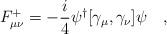
LaTeX: \begin{align*}F^{+}_{\mu\nu}=-\frac{i}{4} \psi^{\dag}[\gamma_{\mu},\gamma_{\nu}]\psi~~~,\end{align*}